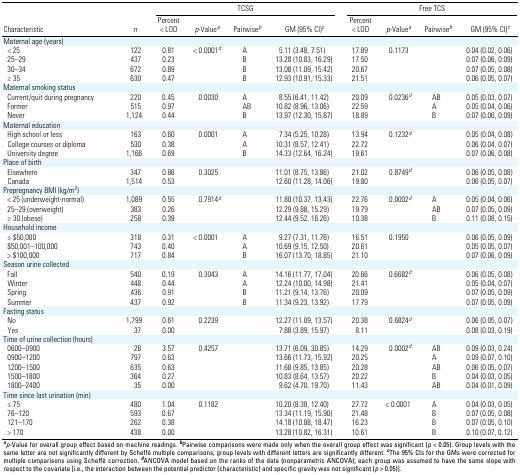
<table><thead><tr><td rowspan="2"><b>Characteristic</b></td><td rowspan="2"><b><i>n</i></b></td><td colspan="4"><b>TCSG </b></td><td colspan="4"><b>Free TCS</b></td></tr><tr><td><b>Percent &lt; LOD</b></td><td><b><i>p</i>-Value<sup><i>a</i></sup></b></td><td><b>Pairwise<sup><i>b</i></sup></b></td><td><b>GM (95% CI)<sup><i>c</i></sup></b></td><td><b>Percent &lt; LOD</b></td><td><b><i>p</i>-Value<sup><i>a</i></sup></b></td><td><b>Pairwise<sup><i>b</i></sup></b></td><td><b>GM (95% CI)<sup><i>c</i></sup></b></td></tr></thead><tbody><tr><td><b>Maternal age (years)</b></td></tr><tr><td><b>&lt; 25</b></td><td>122</td><td>0.81</td><td>&lt; 0.0001<sup><i>d</i></sup></td><td>A</td><td>5.11 (3.48, 7.51)</td><td>17.89</td><td>0.1173</td><td></td><td>0.04 (0.02, 0.06)</td></tr><tr><td><b>25–29</b></td><td>437</td><td>0.23</td><td></td><td>B</td><td>13.28 (10.83, 16.29)</td><td>17.50</td><td></td><td></td><td>0.07 (0.06, 0.09)</td></tr><tr><td><b>30–34</b></td><td>672</td><td>0.89</td><td></td><td>B</td><td>13.08 (11.09, 15.42)</td><td>20.67</td><td></td><td></td><td>0.07 (0.05, 0.08)</td></tr><tr><td><b>≥ 35</b></td><td>630</td><td>0.47</td><td></td><td>B</td><td>12.93 (10.91, 15.33)</td><td>21.51</td><td></td><td></td><td>0.06 (0.05, 0.07)</td></tr><tr><td><b>Maternal smoking status</b></td></tr><tr><td><b>Current/quit during pregnancy</b></td><td>220</td><td>0.45</td><td>0.0030</td><td>A</td><td>8.55 (6.41, 11.42)</td><td>20.09</td><td>0.0236<sup><i>d</i></sup></td><td>AB</td><td>0.05 (0.03, 0.07)</td></tr><tr><td><b>Former</b></td><td>515</td><td>0.97</td><td></td><td>AB</td><td>10.82 (8.96, 13.06)</td><td>22.59</td><td></td><td>A</td><td>0.05 (0.04, 0.06)</td></tr><tr><td><b>Never</b></td><td>1,124</td><td>0.44</td><td></td><td>B</td><td>13.97 (12.30, 15.87)</td><td>18.89</td><td></td><td>B</td><td>0.07 (0.06, 0.09)</td></tr><tr><td><b>Maternal education</b></td></tr><tr><td><b>High school or less</b></td><td>163</td><td>0.60</td><td>0.0001</td><td>A</td><td>7.34 (5.25, 10.28)</td><td>13.94</td><td>0.1232<sup><i>d</i></sup></td><td></td><td>0.05 (0.04, 0.08)</td></tr><tr><td><b>College courses or diploma</b></td><td>530</td><td>0.38</td><td></td><td>A</td><td>10.31 (8.57, 12.41)</td><td>22.72</td><td></td><td></td><td>0.06 (0.04, 0.07)</td></tr><tr><td><b>University degree</b></td><td>1,166</td><td>0.69</td><td></td><td>B</td><td>14.33 (12.64, 16.24)</td><td>19.61</td><td></td><td></td><td>0.07 (0.06, 0.08)</td></tr><tr><td><b>Place of birth</b></td></tr><tr><td><b>Elsewhere</b></td><td>347</td><td>0.86</td><td>0.3025</td><td></td><td>11.01 (8.75, 13.86)</td><td>21.02</td><td>0.8749<sup><i>d</i></sup></td><td></td><td>0.06 (0.05, 0.08)</td></tr><tr><td><b>Canada</b></td><td>1,514</td><td>0.53</td><td></td><td></td><td>12.60 (11.28, 14.06)</td><td>19.80</td><td></td><td></td><td>0.06 (0.05, 0.07)</td></tr><tr><td><b>Prepregnancy BMI (kg/m<sup>2</sup>)</b></td></tr><tr><td><b>&lt; 25 (underweight-normal)</b></td><td>1,089</td><td>0.55</td><td>0.7914<sup><i>d</i></sup></td><td></td><td>11.80 (10.37, 13.43)</td><td>22.76</td><td>0.0002<sup><i>d</i></sup></td><td>A</td><td>0.05 (0.04, 0.06)</td></tr><tr><td><b>25–29 (overweight)</b></td><td>383</td><td>0.26</td><td></td><td></td><td>12.29 (9.88, 15.29)</td><td>19.79</td><td></td><td>AB</td><td>0.07 (0.05, 0.09)</td></tr><tr><td><b>≥ 30 (obese)</b></td><td>258</td><td>0.39</td><td></td><td></td><td>12.44 (9.52, 16.26)</td><td>10.38</td><td></td><td>B</td><td>0.11 (0.08, 0.15)</td></tr><tr><td><b>Household income</b></td></tr><tr><td><b>≤ $50,000</b></td><td>318</td><td>0.31</td><td>&lt; 0.0001</td><td>A</td><td>9.27 (7.31, 11.76)</td><td>16.51</td><td>0.1950</td><td></td><td>0.06 (0.05, 0.09)</td></tr><tr><td><b>$50,001–100,000</b></td><td>743</td><td>0.40</td><td></td><td>A</td><td>10.69 (9.15, 12.50)</td><td>20.61</td><td></td><td></td><td>0.05 (0.05, 0.07)</td></tr><tr><td><b>&gt; $100,000</b></td><td>717</td><td>0.84</td><td></td><td>B</td><td>16.07 (13.70, 18.85)</td><td>21.10</td><td></td><td></td><td>0.07 (0.06, 0.09)</td></tr><tr><td><b>Season urine collected</b></td></tr><tr><td><b>Fall</b></td><td>540</td><td>0.19</td><td>0.3043</td><td>A</td><td>14.16 (11.77, 17.04)</td><td>20.66</td><td>0.6682<sup><i>d</i></sup></td><td></td><td>0.06 (0.05, 0.08)</td></tr><tr><td><b>Winter</b></td><td>448</td><td>0.44</td><td></td><td>A</td><td>12.24 (10.00, 14.98)</td><td>21.41</td><td></td><td></td><td>0.05 (0.04, 0.07)</td></tr><tr><td><b>Spring</b></td><td>436</td><td>0.91</td><td></td><td>B</td><td>11.21 (9.14, 13.76)</td><td>20.09</td><td></td><td></td><td>0.07 (0.05, 0.09)</td></tr><tr><td><b>Summer</b></td><td>437</td><td>0.92</td><td></td><td>B</td><td>11.34 (9.23, 13.92)</td><td>17.79</td><td></td><td></td><td>0.07 (0.05, 0.09)</td></tr><tr><td><b>Fasting status</b></td></tr><tr><td><b>No</b></td><td>1,799</td><td>0.61</td><td>0.2239</td><td></td><td>12.27 (11.09, 13.57)</td><td>20.38</td><td>0.6824<sup><i>d</i></sup></td><td></td><td>0.06 (0.05, 0.07)</td></tr><tr><td><b>Yes</b></td><td>37</td><td>0.00</td><td></td><td></td><td>7.88 (3.89, 15.97)</td><td>8.11</td><td></td><td></td><td>0.08 (0.03, 0.19)</td></tr><tr><td><b>Time of urine collection (hours)</b></td></tr><tr><td><b>0600–0900</b></td><td>28</td><td>3.57</td><td>0.4257</td><td></td><td>13.71 (6.09, 30.85)</td><td>14.29</td><td>0.0002<sup><i>d</i></sup></td><td>AB</td><td>0.09 (0.03, 0.24)</td></tr><tr><td><b>0900–1200</b></td><td>797</td><td>0.63</td><td></td><td></td><td>13.66 (11.73, 15.92)</td><td>20.25</td><td></td><td>A</td><td>0.09 (0.07, 0.10)</td></tr><tr><td><b>1200–1500</b></td><td>635</td><td>0.63</td><td></td><td></td><td>11.68 (9.85, 13.85)</td><td>20.28</td><td></td><td>AB</td><td>0.06 (0.05, 0.07)</td></tr><tr><td><b>1500–1800</b></td><td>364</td><td>0.27</td><td></td><td></td><td>10.83 (8.64, 13.57)</td><td>20.22</td><td></td><td>B</td><td>0.04 (0.03, 0.05)</td></tr><tr><td><b>1800–2400</b></td><td>35</td><td>0.00</td><td></td><td></td><td>9.62 (4.70, 19.70)</td><td>11.43</td><td></td><td>AB</td><td>0.04 (0.01, 0.09)</td></tr><tr><td><b>Time since last urination (min)</b></td></tr><tr><td><b>≤ 75</b></td><td>480</td><td>1.04</td><td>0.1182</td><td></td><td>10.20 (8.38, 12.40)</td><td>27.72</td><td>&lt; 0.0001</td><td>A</td><td>0.04 (0.03, 0.05)</td></tr><tr><td><b>76–120</b></td><td>593</td><td>0.67</td><td></td><td></td><td>13.34 (11.19, 15.90)</td><td>21.48</td><td></td><td>B</td><td>0.07 (0.05, 0.08)</td></tr><tr><td><b>121–170</b></td><td>262</td><td>0.38</td><td></td><td></td><td>14.18 (10.88, 18.47)</td><td>16.23</td><td></td><td>B</td><td>0.07 (0.05, 0.10)</td></tr><tr><td><b>&gt; 170</b></td><td>438</td><td>0.00</td><td></td><td></td><td>13.28 (10.82, 16.31)</td><td>10.61</td><td></td><td>B</td><td>0.10 (0.07, 0.12)</td></tr><tr><td colspan="10"><sup><i><b>a</b></i></sup><i>p</i>-Value for overall group effect based on machine readings. <sup><i><b>b</b></i></sup>Pairwise comparisons were made only when the overall group effect was significant (<i>p </i>&lt; 0.05). Group levels with the same letter are not significantly different by Scheffé multiple comparisons; group levels with different letters are significantly different. <sup><i><b>c</b></i></sup>The 95% CIs for the GMs were corrected for multiple comparisons using Scheffé correction. <sup><i><b>d</b></i></sup>ANCOVA model based on the ranks of the data (nonparametric ANCOVA); each group was assumed to have the same slope with respect to the covariate [i.e., the interaction between the potential predictor (characteristic) and specific gravity was not significant (<i>p</i> &gt; 0.05)]. </td></tr></tbody></table>